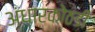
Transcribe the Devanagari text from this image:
अंधारकोठडी